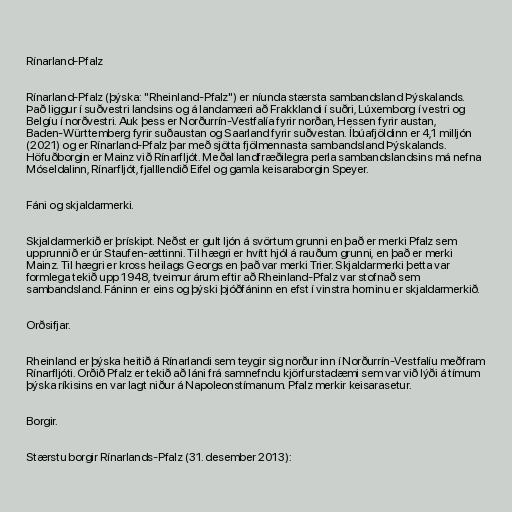
Rínarland-Pfalz

Rínarland-Pfalz (þýska: "Rheinland-Pfalz") er níunda stærsta sambandsland Þýskalands.
Það liggur í suðvestri landsins og á landamæri að Frakklandi í suðri, Lúxemborg í vestri og
Belgíu í norðvestri. Auk þess er Norðurrín-Vestfalía fyrir norðan, Hessen fyrir austan,
Baden-Württemberg fyrir suðaustan og Saarland fyrir suðvestan. Íbúafjöldinn er 4,1 milljón
(2021) og er Rínarland-Pfalz þar með sjötta fjölmennasta sambandsland Þýskalands.
Höfuðborgin er Mainz við Rínarfljót. Meðal landfræðilegra perla sambandslandsins má nefna
Móseldalinn, Rínarfljót, fjalllendið Eifel og gamla keisaraborgin Speyer.

Fáni og skjaldarmerki.

Skjaldarmerkið er þrískipt. Neðst er gult ljón á svörtum grunni en það er merki Pfalz sem
upprunnið er úr Staufen-ættinni. Til hægri er hvítt hjól á rauðum grunni, en það er merki
Mainz. Til hægri er kross heilags Georgs en það var merki Trier. Skjaldarmerki þetta var
formlega tekið upp 1948, tveimur árum eftir að Rheinland-Pfalz var stofnað sem
sambandsland. Fáninn er eins og þýski þjóðfáninn en efst í vinstra horninu er skjaldarmerkið.

Orðsifjar.

Rheinland er þýska heitið á Rínarlandi sem teygir sig norður inn í Norðurrín-Vestfalíu meðfram
Rínarfljóti. Orðið Pfalz er tekið að láni frá samnefndu kjörfurstadæmi sem var við lýði á tímum
þýska ríkisins en var lagt niður á Napoleonstímanum. Pfalz merkir keisarasetur.

Borgir.

Stærstu borgir Rínarlands-Pfalz (31. desember 2013):